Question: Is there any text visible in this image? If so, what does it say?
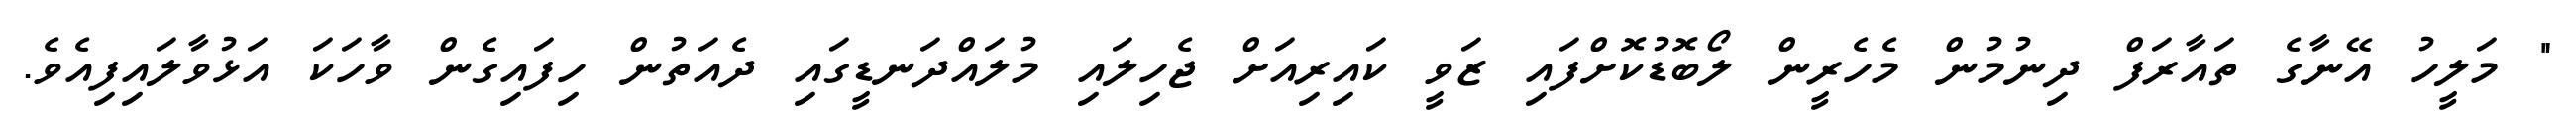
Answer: " މަލީހު އޭނާގެ ތައާރަފް ދިނުމުން މެހެރީން ލޯބޮޑުކޮށްފައި ޒަވީ ކައިރިއަށް ޖެހިލައި މުލައްދަނޑީގައި ދެއަތުން ހިފައިގެން ވާހަކަ އަޅުވާލައިފިއެވެ.